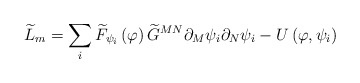
\begin{align*}\widetilde{L}_m=\sum_i\widetilde{F}_{\psi _i}\left( \varphi \right) \widetilde{G}^{MN}\partial _M\psi _i\partial _N\psi _i-U\left( \varphi ,\psi_i\right) \end{align*}